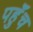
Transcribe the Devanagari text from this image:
पहुॅंच